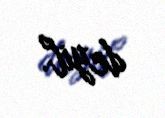
deyil.